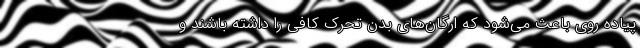
پیاده روی باعث می‌شود که ارگان‌های بدن تحرک کافی را داشته باشند و